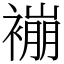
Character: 䙖